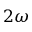
2 \omega